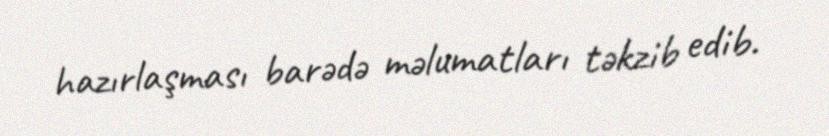
hazırlaşması barədə məlumatları təkzib edib.